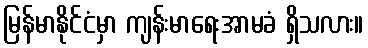
မြန်မာနိုင်ငံမှာ ကျန်းမာရေးအာမခံ ရှိသလား။